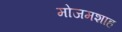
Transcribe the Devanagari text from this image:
मोजमशाह